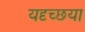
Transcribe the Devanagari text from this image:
यदृच्छया